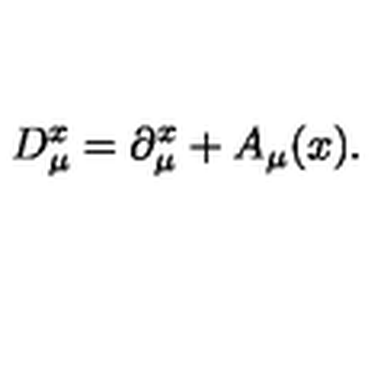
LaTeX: D _ { \mu } ^ { x } = \partial _ { \mu } ^ { x } + A _ { \mu } ( x ) .